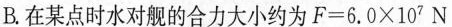
B.在某点时水对舰的合力大小约为 $$F = 6 . 0 \times 1 0 ^ { 7 } N$$